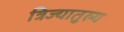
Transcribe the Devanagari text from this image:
त्रिज्यातुल्य